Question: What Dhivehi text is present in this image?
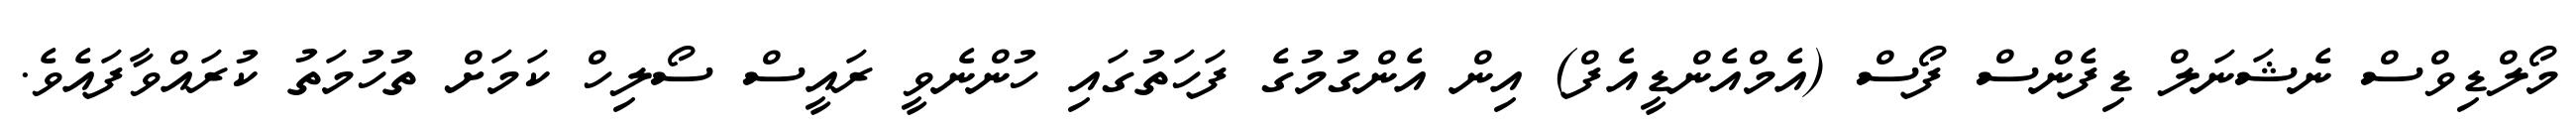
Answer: މޯލްޑިވްސް ނެޝަނަލް ޑިފެންސް ފޯސް (އެމްއެންޑީއެފް) އިން އެންގުމުގެ ފަހަތުގައި ހުންނެވީ ރައީސް ސޯލިހް ކަމަށް ތުހުމަތު ކުރައްވާފައެވެ.